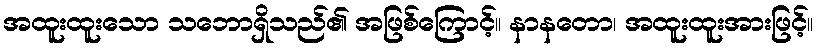
အထူးထူးသော သဘောရှိသည်၏ အဖြစ်ကြောင့်။ နာနတော၊ အထူးထူးအားဖြင့်။